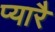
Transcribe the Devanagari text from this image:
प्यारै